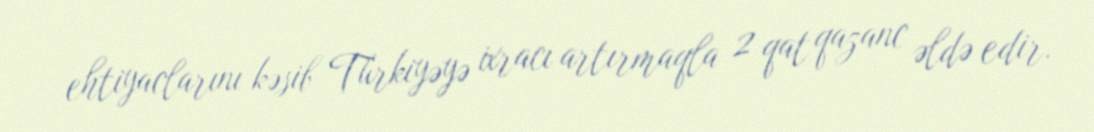
ehtiyaclarını kəsib Türkiyəyə ixracı artırmaqla 2 qat qazanc əldə edir.